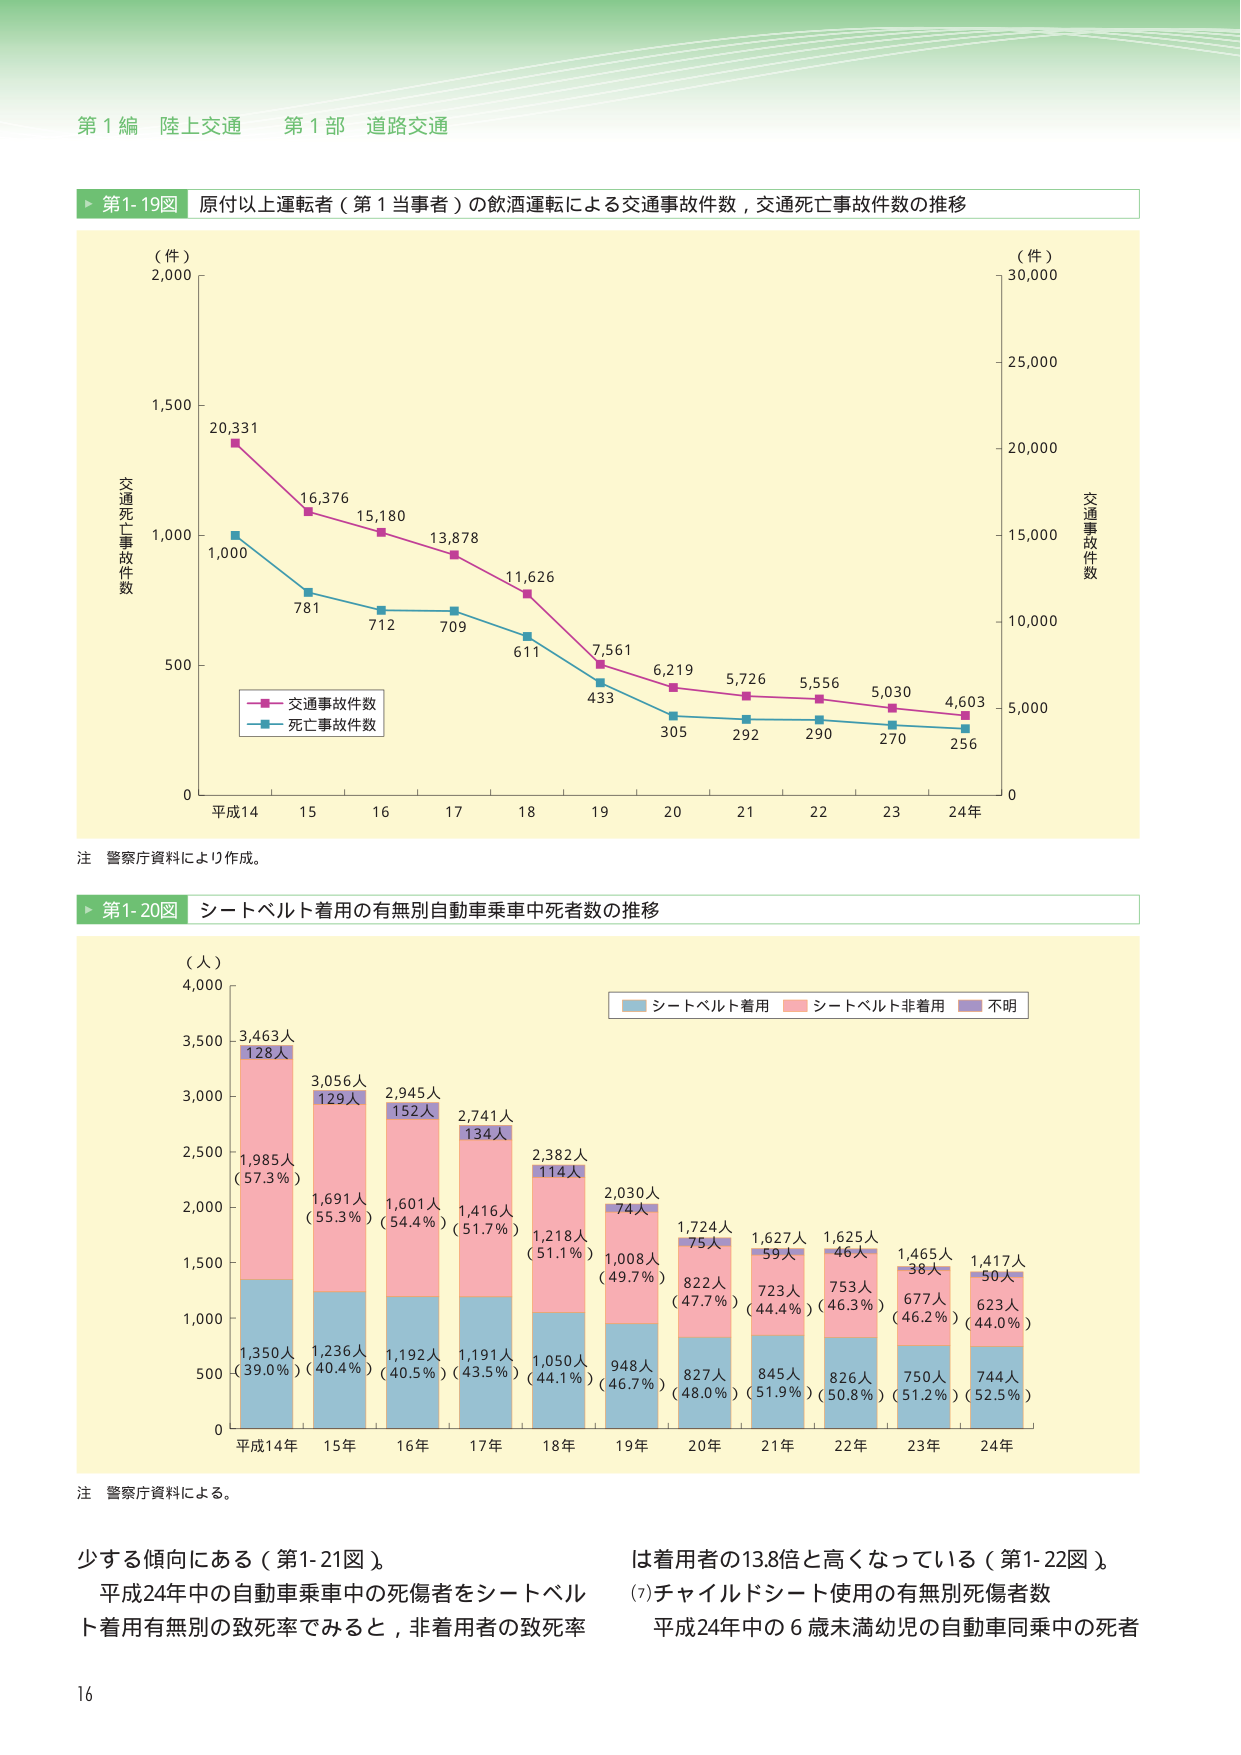
第１編 陸上交通 第１部 道路交通

▶ 第1-19図 原付以上運転者（第１当事者）の飲酒運転による交通事故件数，交通死亡事故件数の推移

（件）
2,000
1,500
1,000
500
0
平成14 15 16 17 18 19 20 21 22 23 24年

交通事故件数
死亡事故件数

20,331
16,376
15,180
13,878
11,626
7,561
6,219
5,726
5,556
5,030
4,603

1,000
781
712
709
611
433
305
292
290
270
256

（件）
30,000
25,000
20,000
15,000
10,000
5,000
0

交通死亡事故件数
交通事故件数

注 警察庁資料により作成。

▶ 第1-20図 シートベルト着用の有無別自動車乗車中死者数の推移

（人）
4,000
3,500
3,000
2,500
2,000
1,500
1,000
500
0
平成14年 15年 16年 17年 18年 19年 20年 21年 22年 23年 24年

シートベルト着用
シートベルト非着用
不明

3,463人
128人
1,985人
（57.3％）
1,350人
（39.0％）

3,056人
129人
1,691人
（55.3％）
1,236人
（40.4％）

2,945人
152人
1,601人
（54.4％）
1,192人
（40.5％）

2,741人
134人
1,416人
（51.7％）
1,191人
（43.5％）

2,382人
114人
1,218人
（51.1％）
1,050人
（44.1％）

2,030人
74人
1,008人
（49.7％）
948人
（46.7％）

1,724人
75人
822人
（47.7％）
827人
（48.0％）

1,627人
59人
723人
（44.4％）
845人
（51.9％）

1,625人
46人
753人
（46.3％）
826人
（50.8％）

1,465人
38人
677人
（46.2％）
750人
（51.2％）

1,417人
50人
623人
（44.0％）
744人
（52.5％）

注 警察庁資料による。

少する傾向にある（第1-21図）。
平成24年中の自動車乗車中の死傷者をシートベルト着用有無別の致死率でみると，非着用者の致死率は着用者の13.8倍と高くなっている（第1-22図）。
(7)チャイルドシート使用の有無別死傷者数
平成24年中の６歳未満幼児の自動車同乗中の死者

16